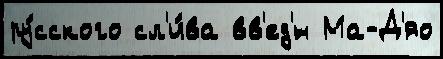
ру́сского сл'и́ва вв'ед'́н Ма-Д'яо